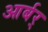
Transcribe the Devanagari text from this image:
आर्बर्